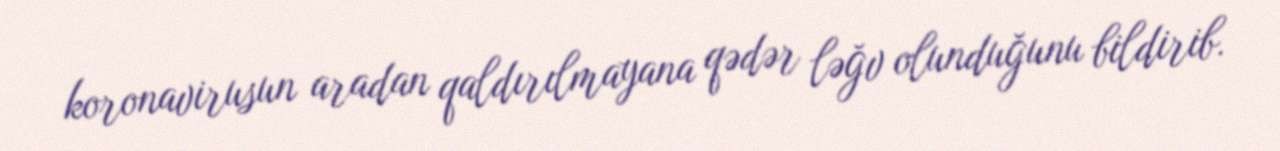
koronavirusun aradan qaldırılmayana qədər ləğv olunduğunu bildirib.